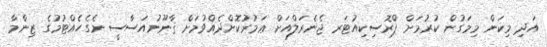
އަދި މިކަން މިމަގުން ކުރުމަށް ޕްރޮސިކިއުޓަރ ޖެނެރަލްއަށް ޢަމުރުކޮށްދެއްވުމަށް ޤާނޫނުއަސާސީ ނެގެހެއްޓުމުގެ ޒިންމާ